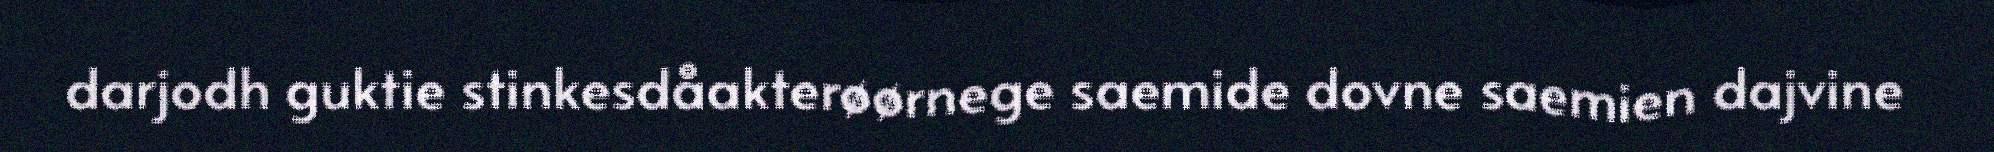
darjodh guktie stinkesdåakterøørnege saemide dovne saemien dajvine